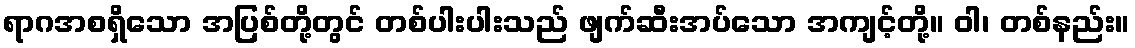
ရာဂအစရှိသော အပြစ်တို့တွင် တစ်ပါးပါးသည် ဖျက်ဆီးအပ်သော အကျင့်တို့။ ဝါ၊ တစ်နည်း။